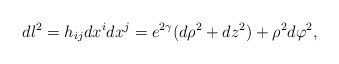
\begin{align*}dl^2 = h_{ij}dx^idx^j = e^{2\gamma }(d\rho^2+dz^2)+\rho^2d\varphi^2,\end{align*}